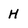
Character: H